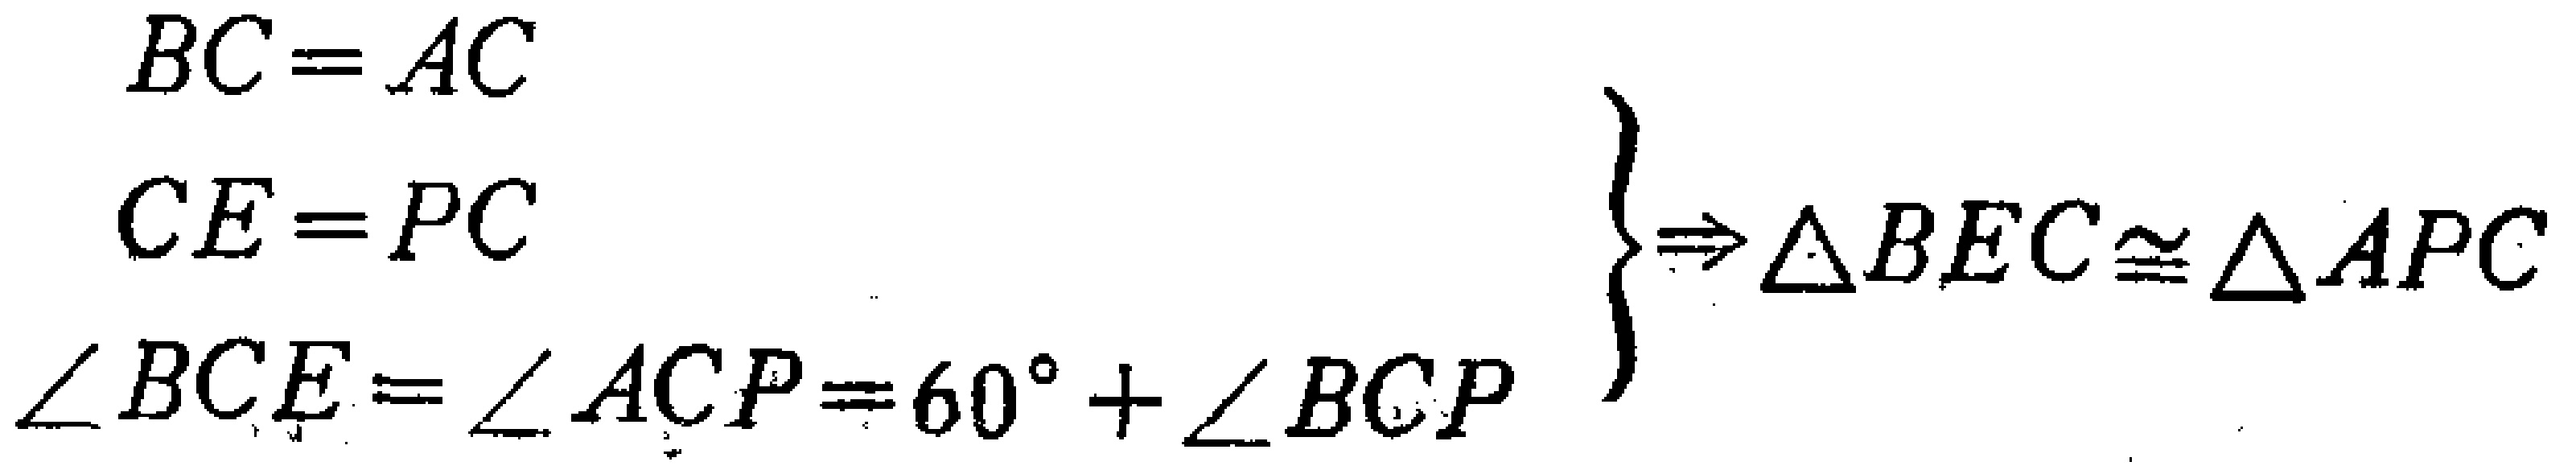
\[
\left\{
\begin{array}{l}
BC = AC \\
CE = PC \\
\angle BCE=\angle ACP = 60^{\circ}+\angle BCP
\end{array}
\right\}
\Rightarrow \triangle BEC\cong \triangle APC
\]